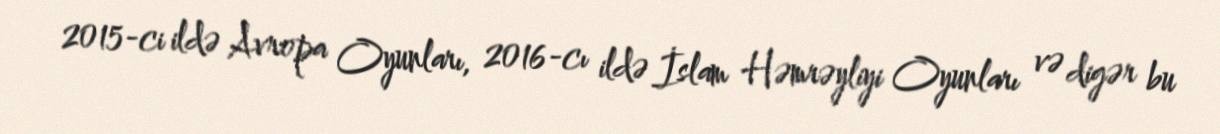
2015-ci ildə Avropa Oyunları, 2016-cı ildə İslam Həmrəyliyi Oyunları və digər bu